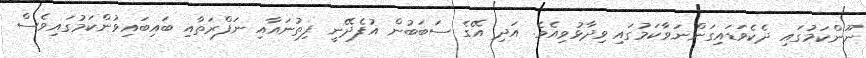
ނޫންކަމުގައި ދެކެވަޑައިގަންނަވާކަމުގައި ވިދާޅުވިއެވެ. އަދި އޭގެ ސަބަބުން އުފެދޭނީ ފިތުނައާއި ނަފްރަތާއި ބައިބައިވުންކަމުގައިވެސް